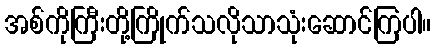
အစ်ကိုကြီးတို့ကြိုက်သလိုသာသုံးဆောင်ကြပါ။